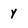
Character: y